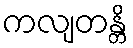
ကလျတန္တိ